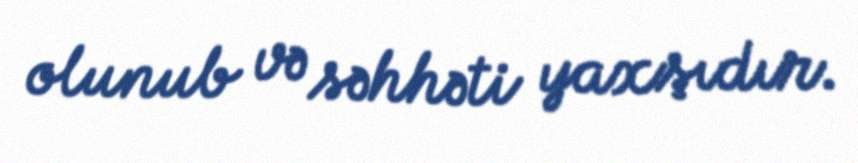
olunub və səhhəti yaxşıdır.